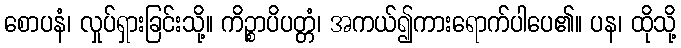
စောပနံ၊ လှုပ်ရှားခြင်းသို့။ ကိဉ္စာပိပတ္တံ၊ အကယ်၍ကားရောက်ပါပေ၏။ ပန၊ ထိုသို့